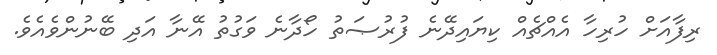
ރިފާއަށް ހުރިހާ އެއްޗެއް ކިޔައިދޭނެ ފުރުޞަތު ހޯދާނެ ވަގުތު އޭނާ އަދި ބޭނުންވެއެވެ.